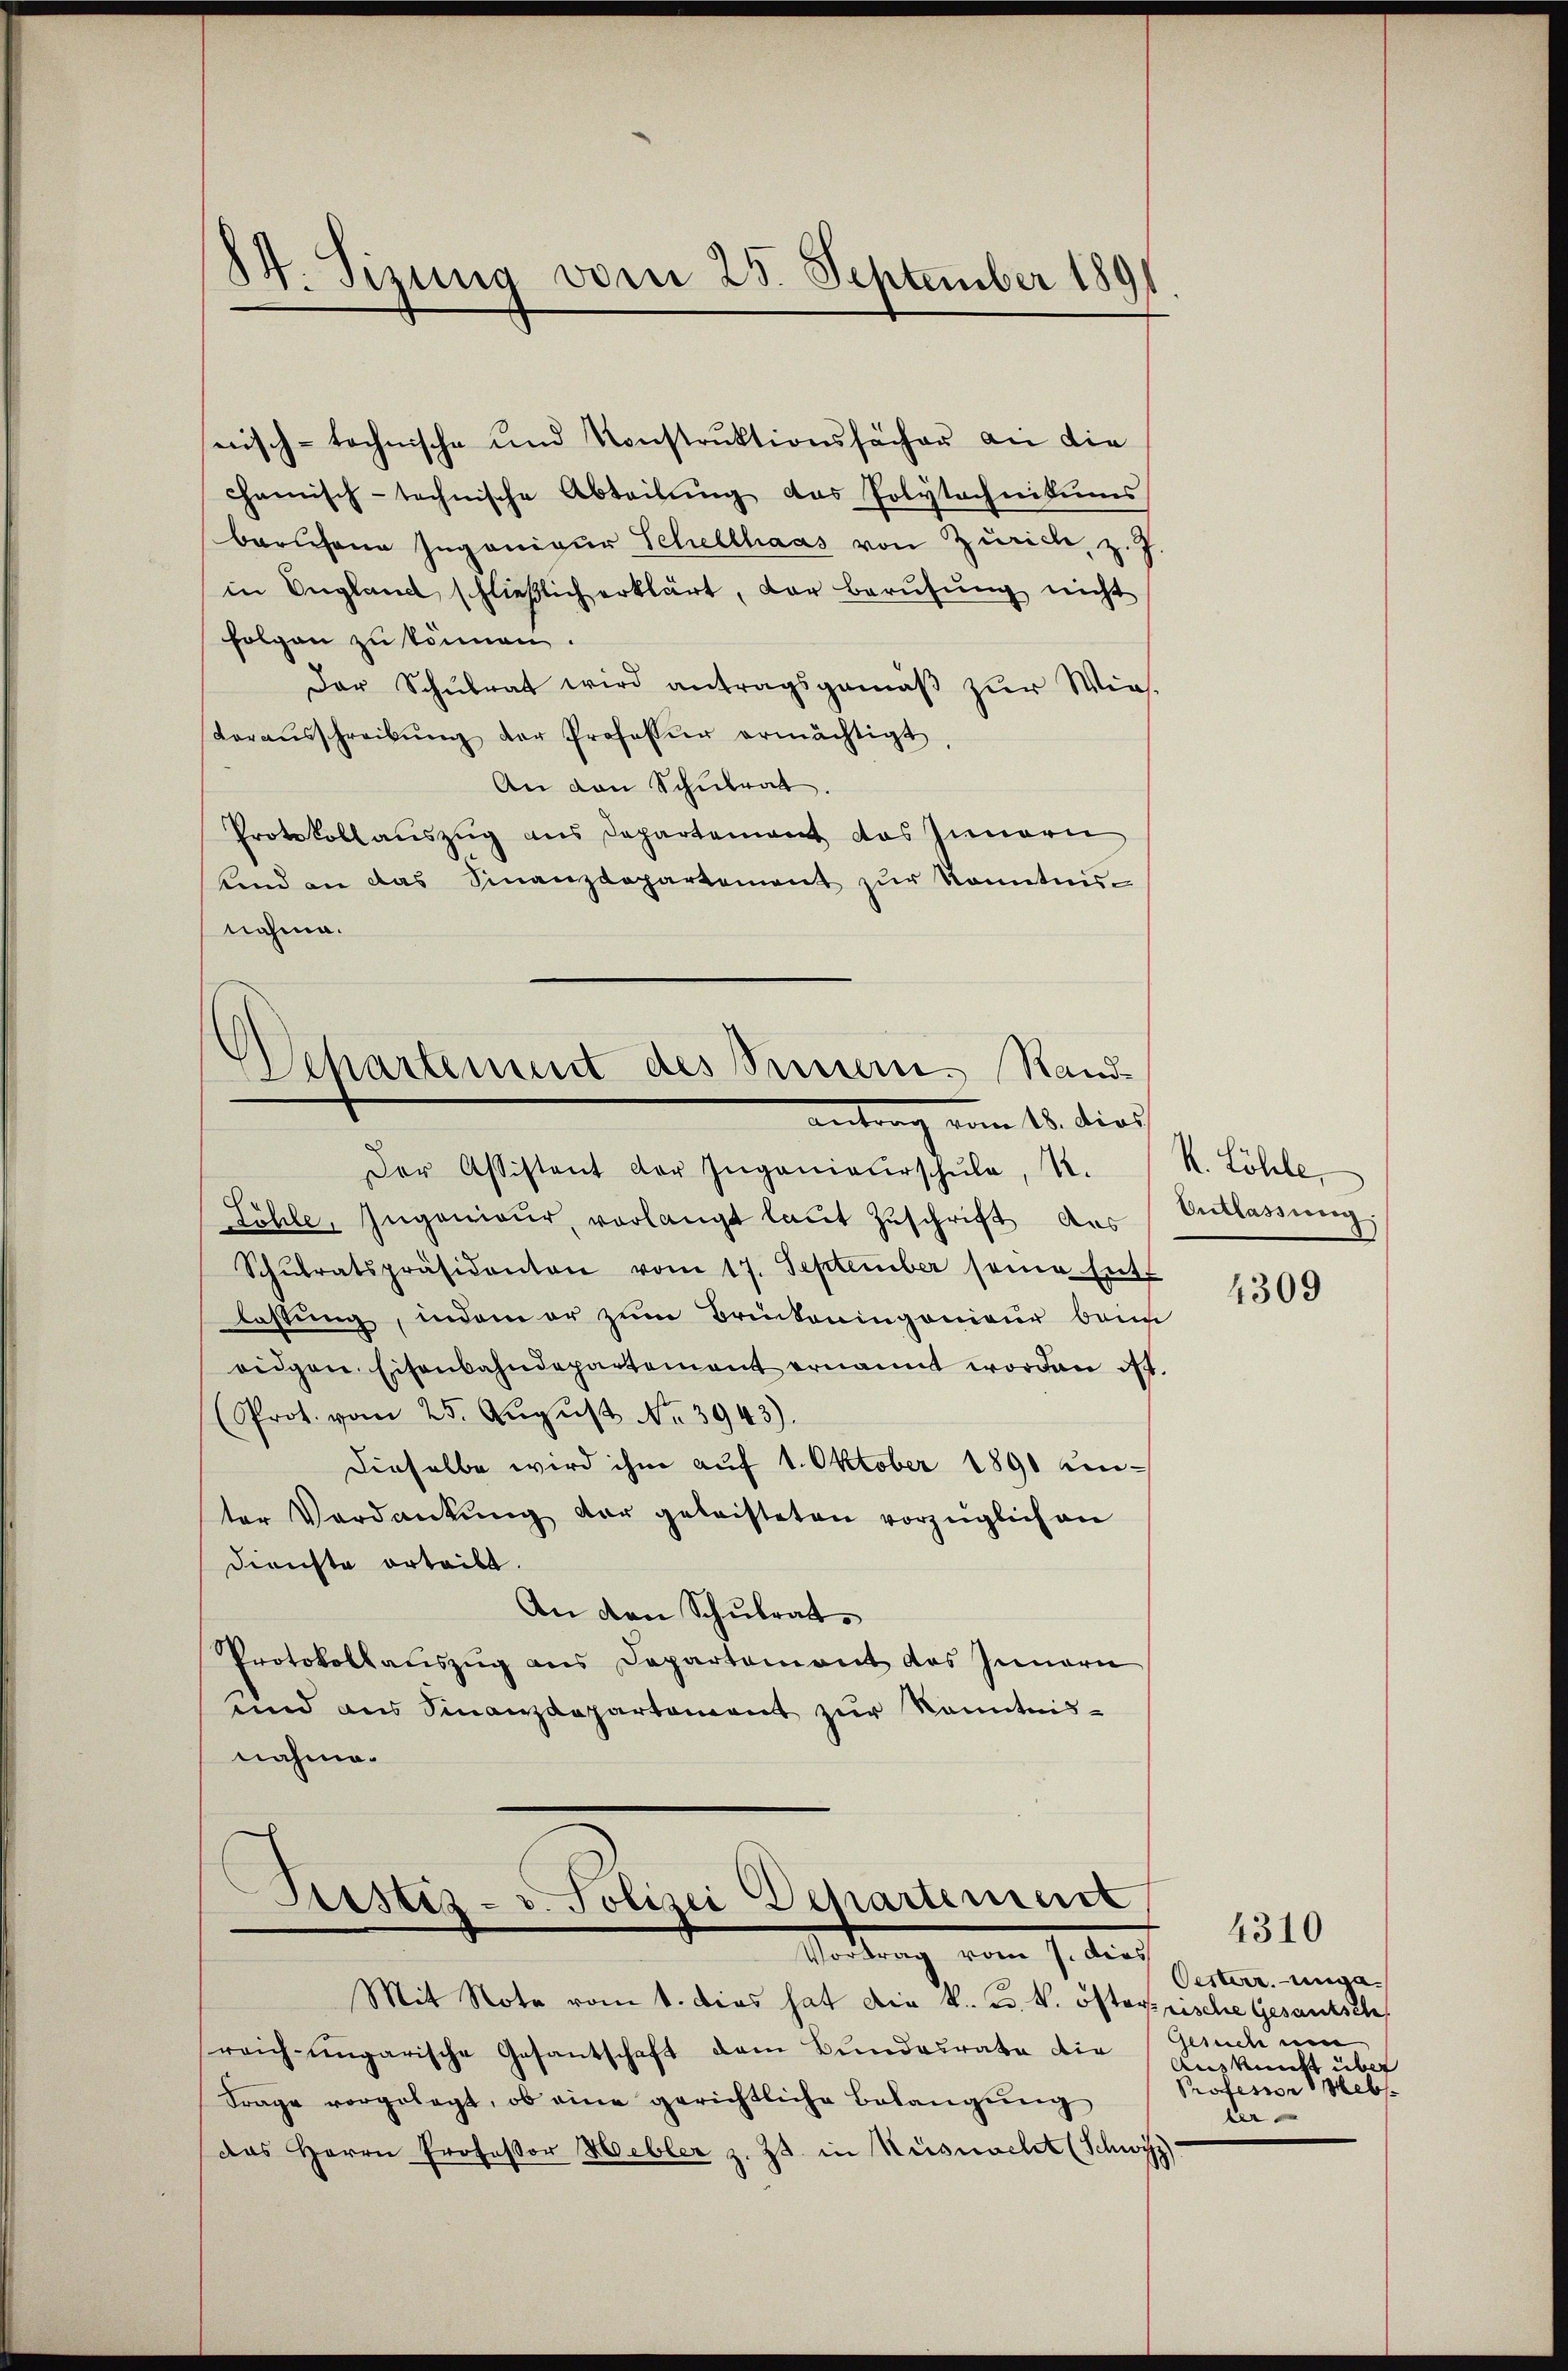
24. Sizung vom 25. September 1891.

nisch-technische und Konstruktionssacher an die
chanisch-technische Abteilŭng das Polytechnikums
berichene Ingenieur Schellhaas von Zürich, z. J.
in England schlieβlich erklärt, der berufung nicht
folgen zu können.
Der Schŭlrat wird antragsgemäβ zŭr Wies-
Voraŭsschreibŭng der Professor ermächtigt.
An den Schŭlrat.
Protokoll auszug aus Departement das Innern
kind an das Sinanzdepartement zŭr Kenntnis-
nahme.
Der Assistent der Ingenieŭrschŭle, N.
Zöhle, Ingenieur, vorlangt laut Zuschrift aus
Schŭlratspräsidenten vom 17. September seine Ent-
lastung, indem er zum Brinkoningenieur ban
oidgen. Eisenbahndepartement ernannt worden ist.
(Prot. vom 25. August No 3943).
Dieselbe wird ihm auf 1. Oktober 1890 unter Verdankŭng der geleisteten vorzüglichen
Dienste orteilt.
An den Schulrat
Protokollauszug aus Departement das Innern
und aus Finanzdepartement zŭr Kenntnis-
nahme.

Departement des Innern. Rand¬
 vom 18. dies

Pristiz- u. Polizei Departement
Handlung vom 1. durch

Mit Note vom 1. dies hat die k. u. k. österrische Gesantsche
reich-ungarische Gesantschaft dem Bundesrate die
Frage vorgelegt, ob eine gerichtliche Belangŭng
das Herrn Professor Hebler z. Zt. in Küsnacht (Schwyz)

K. Löhle,
Entlassung.

4309

Oesterr.-unga¬
Gerich um
Auskunft über
Professor Webs
ler

4310